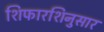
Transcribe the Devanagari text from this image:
शिफारशिनुसार